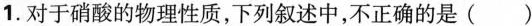
1.对于硝酸的物理性质，下列叙述中，不正确的是( )